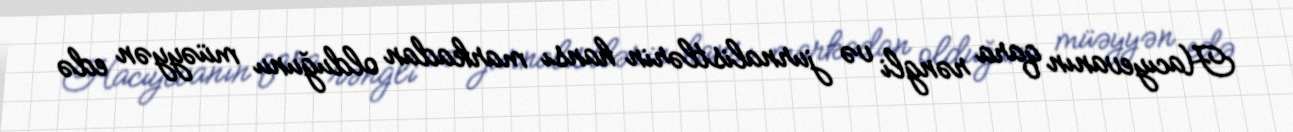
Hacıyevanın qara rəngli və jurnalistlərin hansı markadan olduğunu müəyyən edə